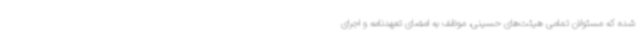
شده که مسئولان تمامی هیئت‌های حسینی، موظف به امضای تعهدنامه و اجرای